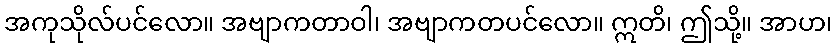
အကုသိုလ်ပင်လော။ အဗျာကတာဝါ၊ အဗျာကတပင်လော။ ဣတိ၊ ဤသို့။ အာဟ၊